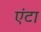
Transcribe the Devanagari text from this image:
एंटा